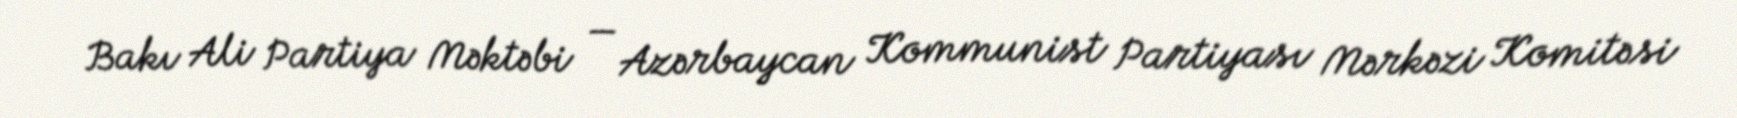
Bakı Ali Partiya Məktəbi — Azərbaycan Kommunist Partiyası Mərkəzi Komitəsi